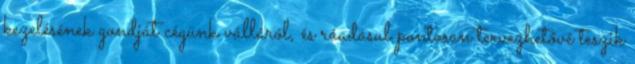
kezelésének gondját cégünk válláról, és ráadásul pontosan tervezhetővé teszik